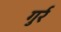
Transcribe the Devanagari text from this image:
गुर्र